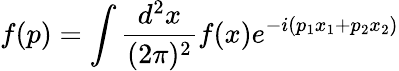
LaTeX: f(p)=\int\frac{d^{2}x}{(2\pi)^{2}}f(x)e^{-i(p_{1}x_{1}+p_{2}x_{2})}